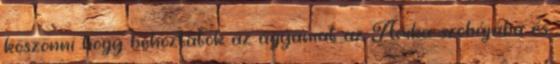
köszönni hogy behoztátok az ágyamat az Arika szobájába és